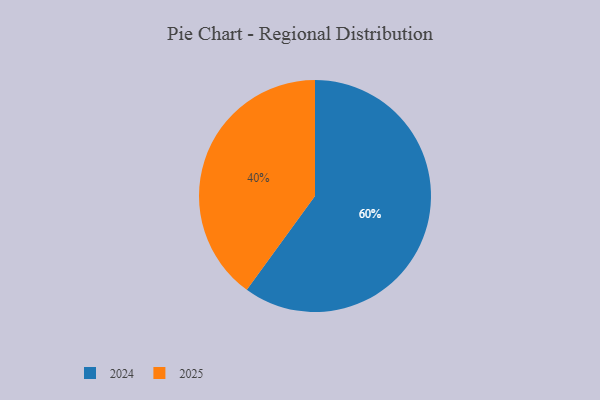
{"axis": {"x": "Category", "y": "Percentage"}, "legend": ["2024", "2025"], "data": [{"x": "2025", "y": 40, "type": "2025"}, {"x": "2024", "y": 60, "type": "2024"}]}